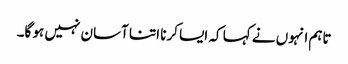
تاہم انہوں نے کہا کہ ایسا کرنا اتنا آسان نہیں ہو گا۔